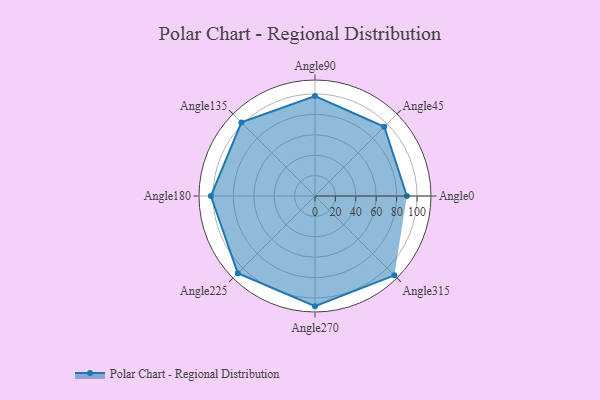
{"axis": {"x": "Angle", "y": "Radius"}, "legend": [""], "data": [{"x": "Angle0", "y": 90.0, "type": ""}, {"x": "Angle45", "y": 96.0, "type": ""}, {"x": "Angle90", "y": 98.0, "type": ""}, {"x": "Angle135", "y": 102.0, "type": ""}, {"x": "Angle180", "y": 102.0, "type": ""}, {"x": "Angle225", "y": 107.0, "type": ""}, {"x": "Angle270", "y": 108.0, "type": ""}, {"x": "Angle315", "y": 110.0, "type": ""}]}